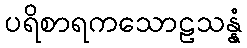
ပရိစာရကသောဠသန္နံ